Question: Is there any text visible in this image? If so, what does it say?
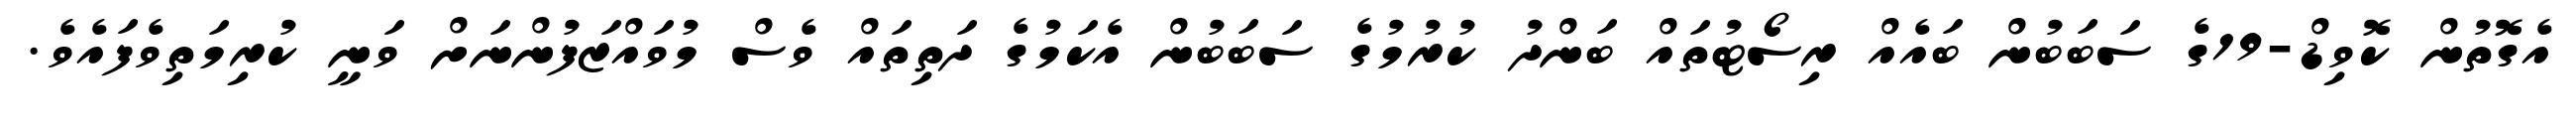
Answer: އެގޮތުން ކޮވިޑް-19ގެ ސަބަބުން ބައެއް ރިސޯޓުތައް ބަންދު ކުރުމުގެ ސަބަބުން އެކަމުގެ ދަތިތައް ވެސް މުވައްޒަފުންނަށް ވަނީ ކުރިމަތިވެފައެވެ.